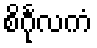
စိင်္ဂုလကံ